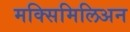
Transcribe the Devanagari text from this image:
मक्सिमिलिअन